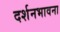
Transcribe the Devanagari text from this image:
दर्शनभावना